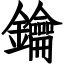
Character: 鑰